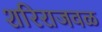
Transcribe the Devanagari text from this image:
शरिराजवळ